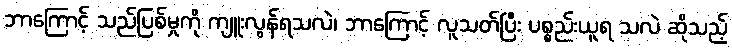
ဘာကြောင့် သည်ပြစ်မှုကို ကျူးလွန်ရသလဲ၊ ဘာကြောင့် လူသတ်ပြီး ပစ္စည်းယူရ သလဲ ဆိုသည့်